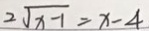
2 \sqrt { x - 1 } = x - 4